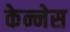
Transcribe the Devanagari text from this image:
केन्नेस